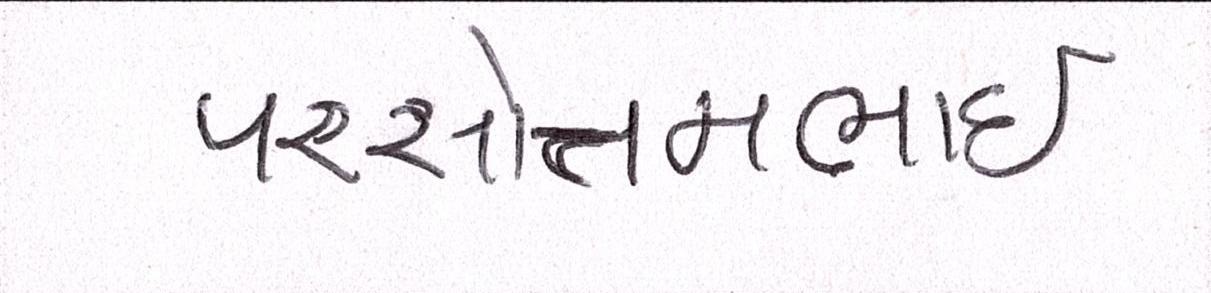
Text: પરસોત્તમભાઈ